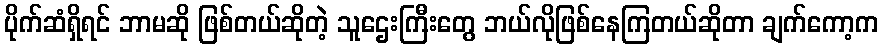
ပိုက်ဆံရှိရင် ဘာမဆို ဖြစ်တယ်ဆိုတဲ့ သူဌေးကြီးတွေ ဘယ်လိုဖြစ်နေကြတယ်ဆိုတာ ချက်ကော့က